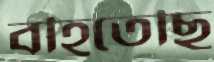
বহিতেছি